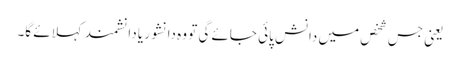
یعنی جس شخص میں دانش پائی جائے گی تو وہ دانشور یا دانشمندکہلائے گا۔